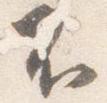
不